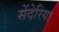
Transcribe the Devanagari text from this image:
सेंदेरिया